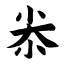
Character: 尜